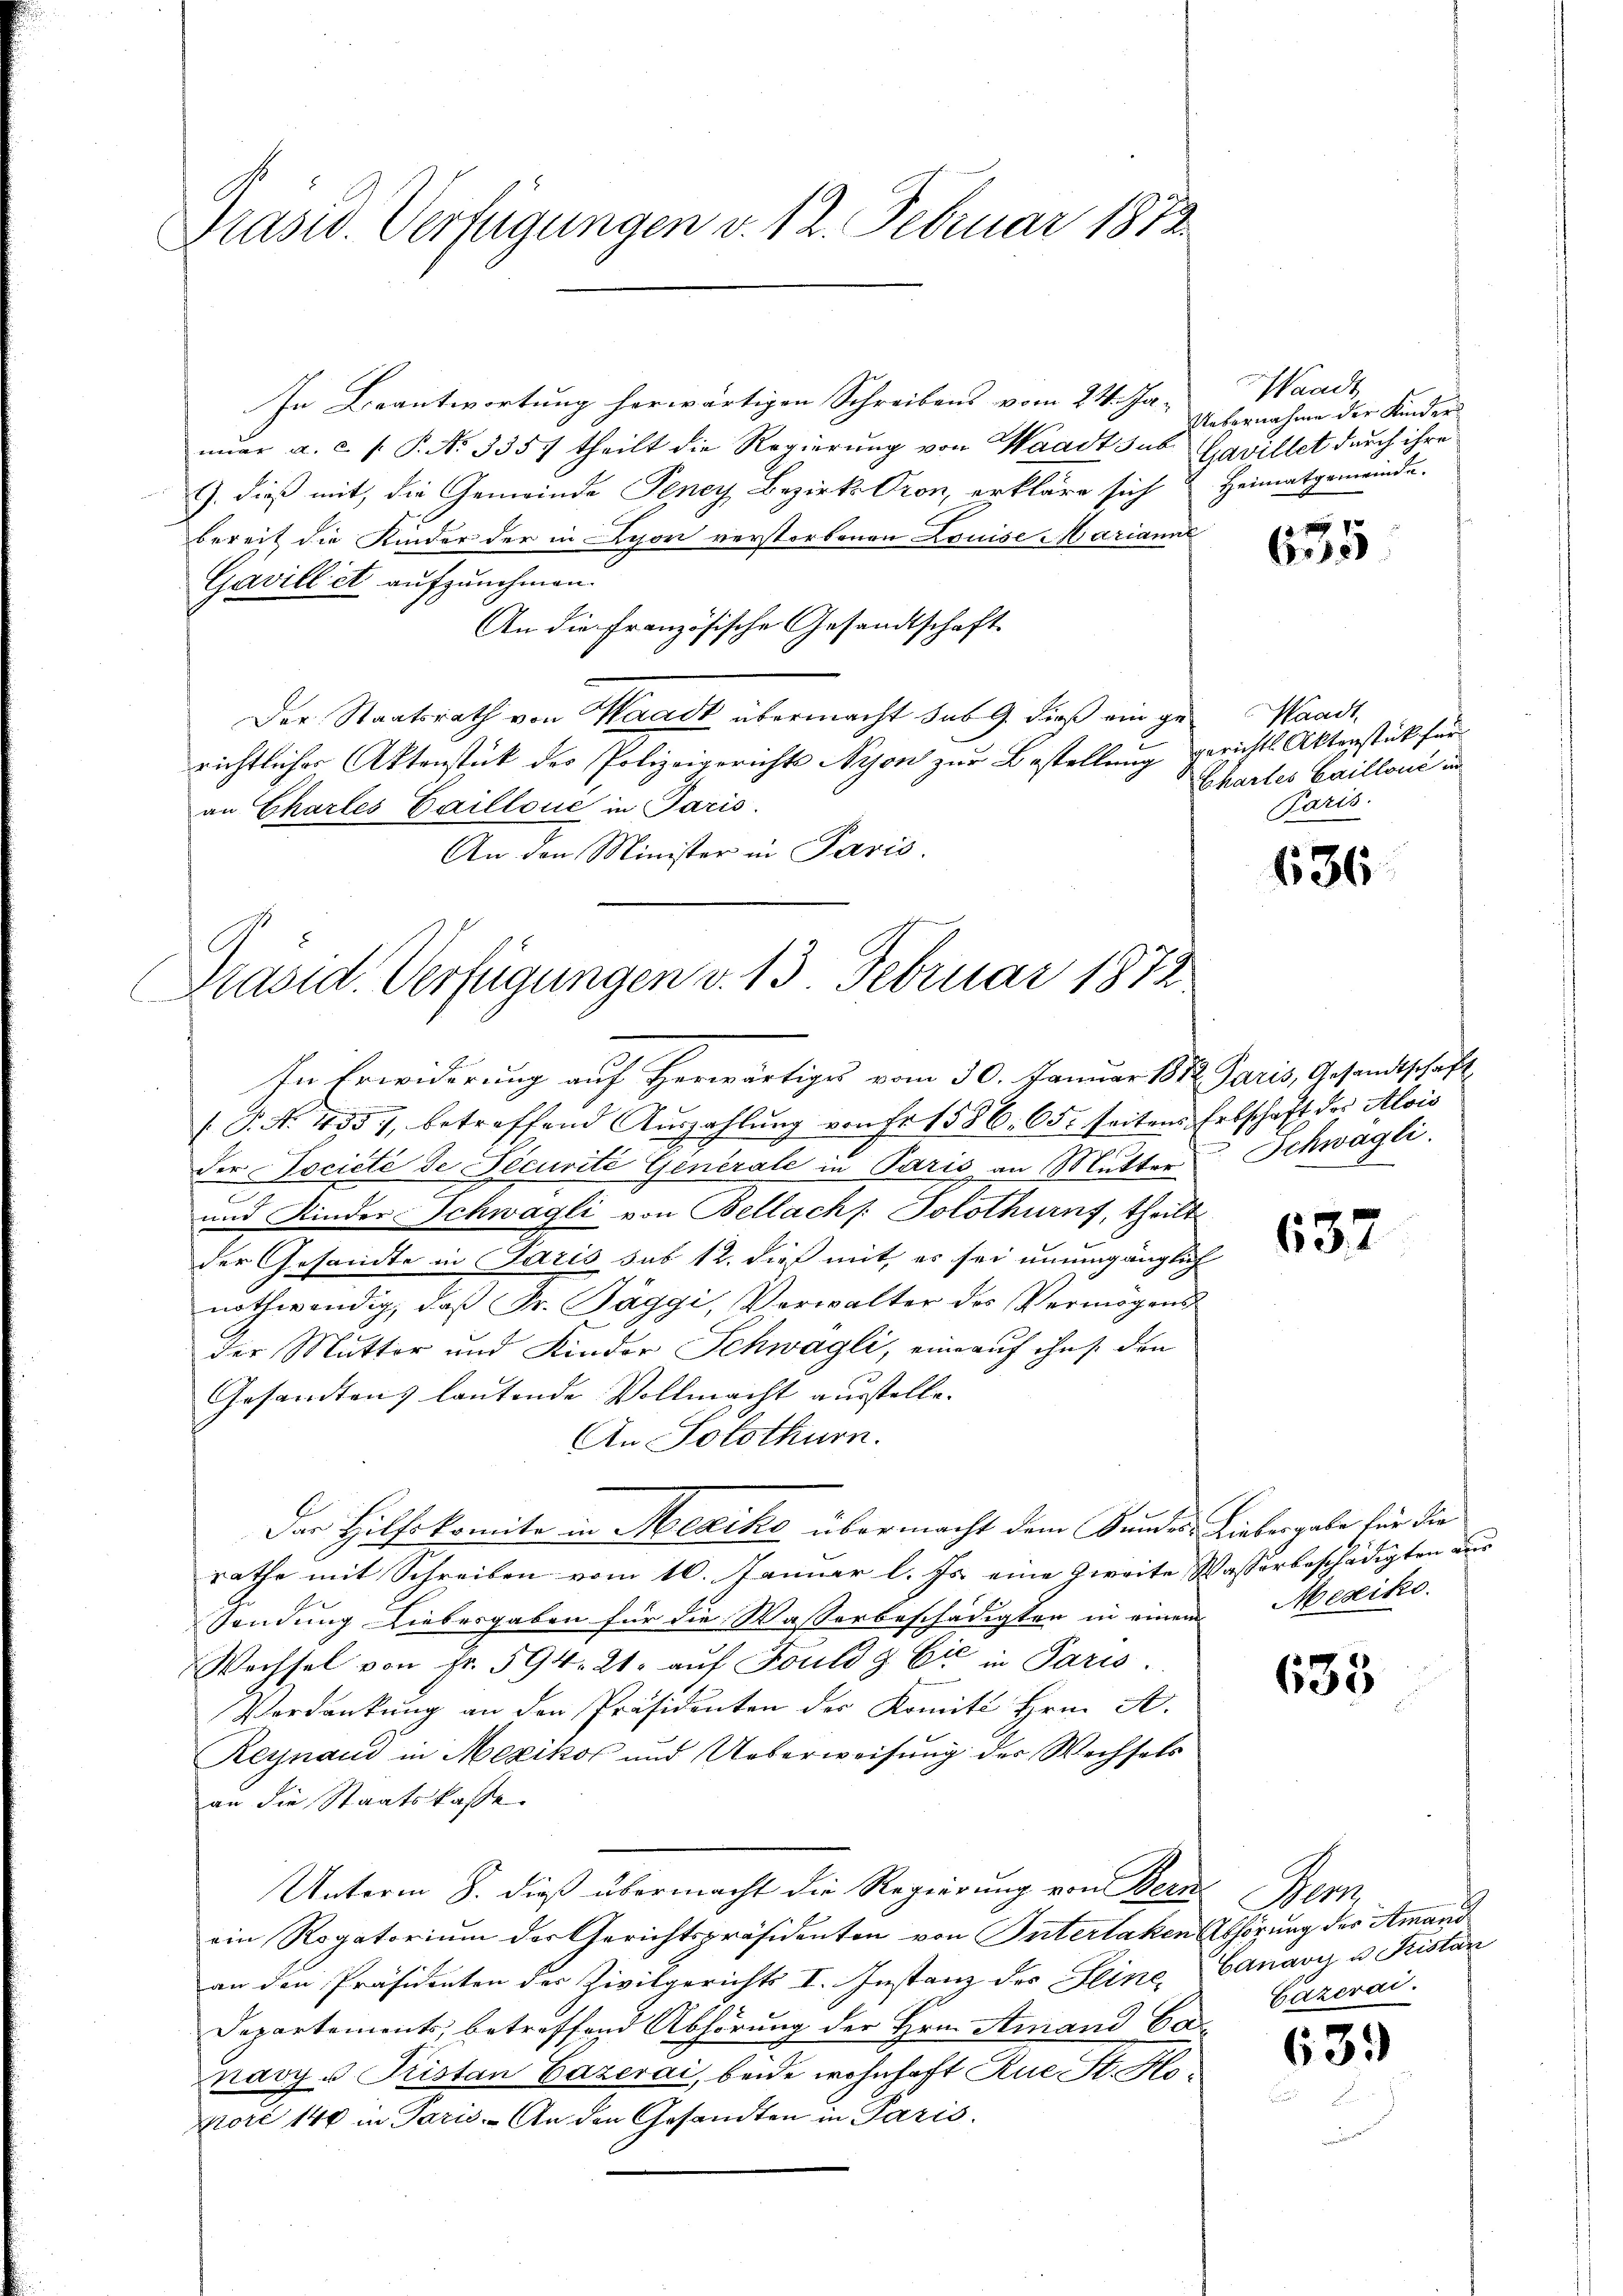
Präsid. Verfügungen v. 12. Februar 1872

In Beantwortung herwärtigen Schreibens vom 24. Ja-
nŭar a. c. s. P. N. 3357 theilt die Regierŭng von Waadt sub Gavillet durch ihre
). dieß mit, die Gemeinde Teney Bezirks Cron, erkläre sich & Heimatgemeinde.
bereit die Kinder der in Lyon verstorbenen Louise Marianne
Gavillet aufzunehmen.
An die Französische Gesandtschaft
Der Staatsrath von Waadt übermacht sub 9. dieß ein gerichtlicher Aktenstück des Polizeigerichts Nyon zur Bestellung gerichts Aktenstück für
an Charles Baillone in Paris.
An den Minister in Paris

Präsid. Verfügungen v. 13 Februar 1872

In Erwiderung auf Herwärtiges vom 30. Januar 1812 Paris, Gesandtschaft
(. P. Nr. 455, betreffend Aŭszahlŭng von Fr. 1586. 65. seitens Felschaft der Alois
der Société de Securité Generale in Paris an Mutter Schwagli
und Kinder Schwagli von Bellach /: Solothurns, theilt
der Gesandte in Paris sub 12. dieß mit, es sei unumgänglich
nothwendig, daβ Fr. Täggi, Verwalter des Vermögens
der Mutter und Kinder Schwagli, eine auf ihn den
Gesandtens lautende Vollmacht ausstelle.
An Solothurn.
Der Hilfskomite in Mexiko übermacht dem Bundes Liebergabe für die
rathe mit Schreiben vom 10. Januar l. Js. eine zweite Wasserbeschädigten aus
Sendung Liebergaben für die Wasserbeschädigten in einem Mesiko
Wechsel von Fr. 594. 21. auf Fould & Cie in Paris.
Verdankung an den Präsidenten der Komit Hrn. A.
Reynaud in Mexikos und Ueberweisung der Wechsels
an die Staatskasse
Unterm 8. dieß übermacht die Regierung von Bern Bern,
ein Rogatorium der Gerichtspräsidenten von Interlaken Abhörung des Amand
an den Präsidenten der Zivilgerichts I. Instanz des Seine Canavyz u. Kistan
Departements, betreffend Abhörung der Hrn. Amand Conavy u Kistan Bazerai, beide wohnhaft Rue St. Hoporé 140 in Paris. An den Gesandten in Paris.

Waadt
Uebernahme der Kinder

7
618

Waadt,
Chartes Caillone in
Paris.

636

637

635

Cazerai

639